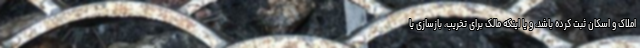
املاک و اسکان ثبت کرده باشد، و یا اینکه مالک برای تخریب، بازسازی یا